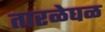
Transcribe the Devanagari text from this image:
तारळेघळ